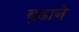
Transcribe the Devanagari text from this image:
ब़ढाने